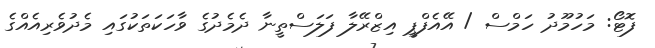
ފޮޓޯ: މަހުމޫދު ހަމްސް / އޭއެފްޕީ އިޒްރޭލާ ފަލަސްތީނާ ދެމެދުގެ ވާހަކަތަކުގައި މެދުވެރިއެެއްގެ